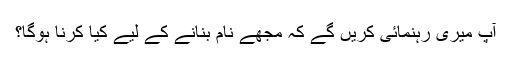
آپ میری رہنمائی کریں گے کہ مجھے نام بنانے کے لیے کیا کرنا ہوگا؟